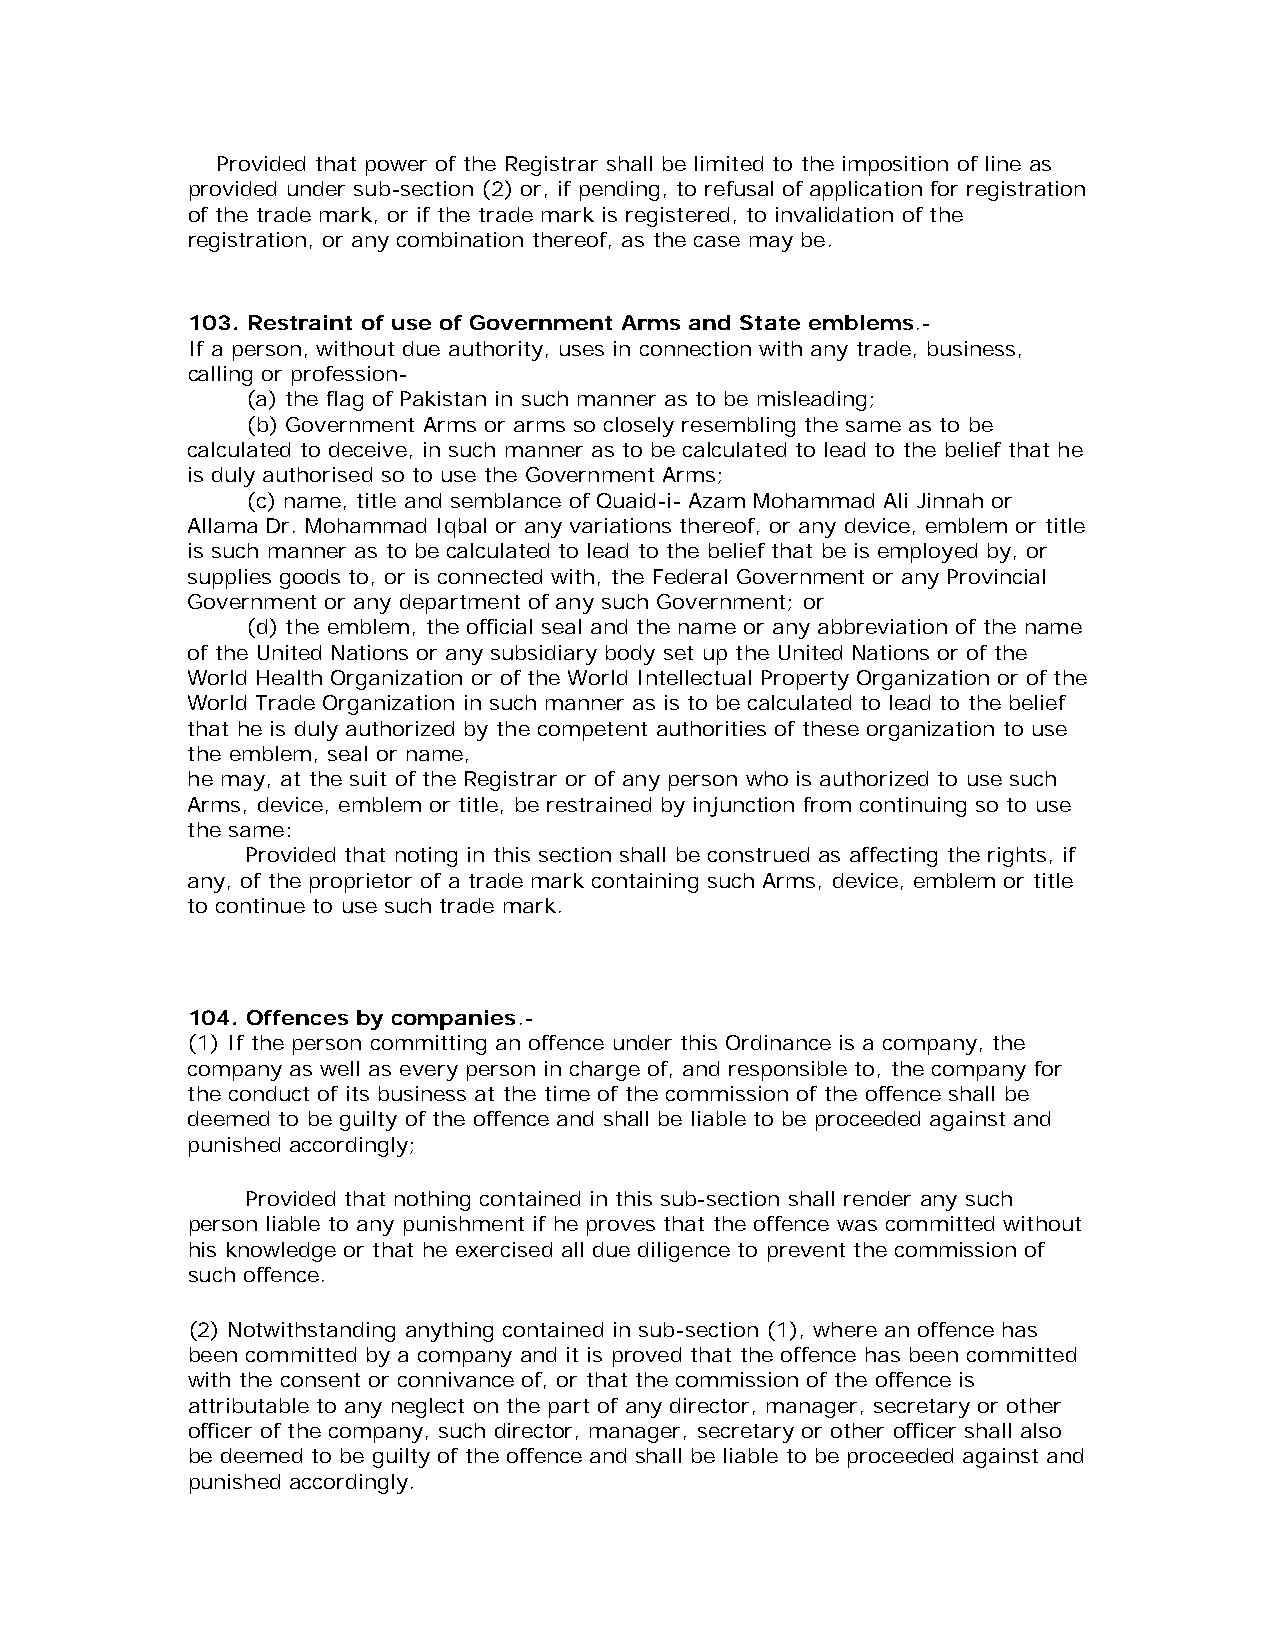
Provided that power of the Registrar shall be limited to the imposition of line as
 provided under sub-section (2) or, if pending, to refusal of application for registration
 of the trade mark, or if the trade mark is registered, to invalidation of the
 registration, or any combination thereof, as the case may be.
 103. Restraint of use of Government Arms and State emblems.-
 If a person, without due authority, uses in connection with any trade, business,
 calling or profession-
 (a) the flag of Pakistan in such manner as to be misleading;
 (b) Government Arms or arms so closely resembling the same as to be
 calculated to deceive, in such manner as to be calculated to lead to the belief that he
 is duly authorised so to use the Government Arms;
 (c) name, title and semblance of Quaid-i- Azam Mohammad Ali Jinnah or
 Allama Dr. Mohammad Iqbal or any variations thereof, or any device, emblem or title
 is such manner as to be calculated to lead to the belief that be is employed by, or
 supplies goods to, or is connected with, the Federal Government or any Provincial
 Government or any department of any such Government; or
 (d) the emblem, the official seal and the name or any abbreviation of the name
 of the United Nations or any subsidiary body set up the United Nations or of the
 World Health Organization or of the World Intellectual Property Organization or of the
 World Trade Organization in such manner as is to be calculated to lead to the belief
 that he is duly authorized by the competent authorities of these organization to use
 the emblem, seal or name,
 he may, at the suit of the Registrar or of any person who is authorized to use such
 Arms, device, emblem or title, be restrained by injunction from continuing so to use
 the same:
 Provided that noting in this section shall be construed as affecting the rights, if
 any, of the proprietor of a trade mark containing such Arms, device, emblem or title
 to continue to use such trade mark.
 104. Offences by companies.-
 (1) If the person committing an offence under this Ordinance is a company, the
 company as well as every person in charge of, and responsible to, the company for
 the conduct of its business at the time of the commission of the offence shall be
 deemed to be guilty of the offence and shall be liable to be proceeded against and
 punished accordingly;
 Provided that nothing contained in this sub-section shall render any such
 person liable to any punishment if he proves that the offence was committed without
 his knowledge or that he exercised all due diligence to prevent the commission of
 such offence.
 (2) Notwithstanding anything contained in sub-section (1), where an offence has
 been committed by a company and it is proved that the offence has been committed
 with the consent or connivance of, or that the commission of the offence is
 attributable to any neglect on the part of any director, manager, secretary or other
 officer of the company, such director, manager, secretary or other officer shall also
 be deemed to be guilty of the offence and shall be liable to be proceeded against and
 punished accordingly.